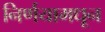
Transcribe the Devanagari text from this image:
निर्णयामधून